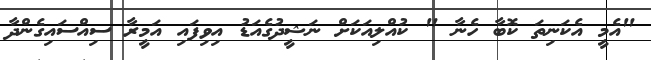
"އެމީ އެކަނިތަ ކޮބާ ހެނާ " ކުއްލިއަކަށް ނަޝީދުގެއަޑު އިވިފައި އަމީރާ ސިއްސައިގެންދާ